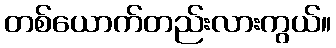
တစ်ယောက်တည်းလားကွယ်။